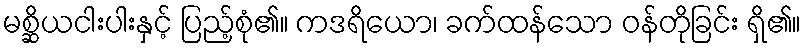
မစ္ဆိယငါးပါးနှင့် ပြည့်စုံ၏။ ကဒရိယော၊ ခက်ထန်သော ဝန်တိုခြင်း ရှိ၏။